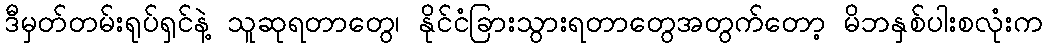
ဒီမှတ်တမ်းရုပ်ရှင်နဲ့ သူဆုရတာတွေ၊ နိုင်ငံခြားသွားရတာတွေအတွက်တော့ မိဘနှစ်ပါးစလုံးက